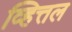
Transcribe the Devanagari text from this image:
व्हित्तल